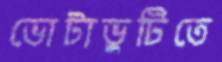
ভোটাভুটিতে